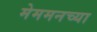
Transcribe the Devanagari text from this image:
मेममनच्या